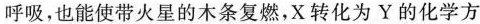
呼吸，也能使带火星的木条复燃，X转化为Y的化学方